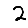
Digit: 2